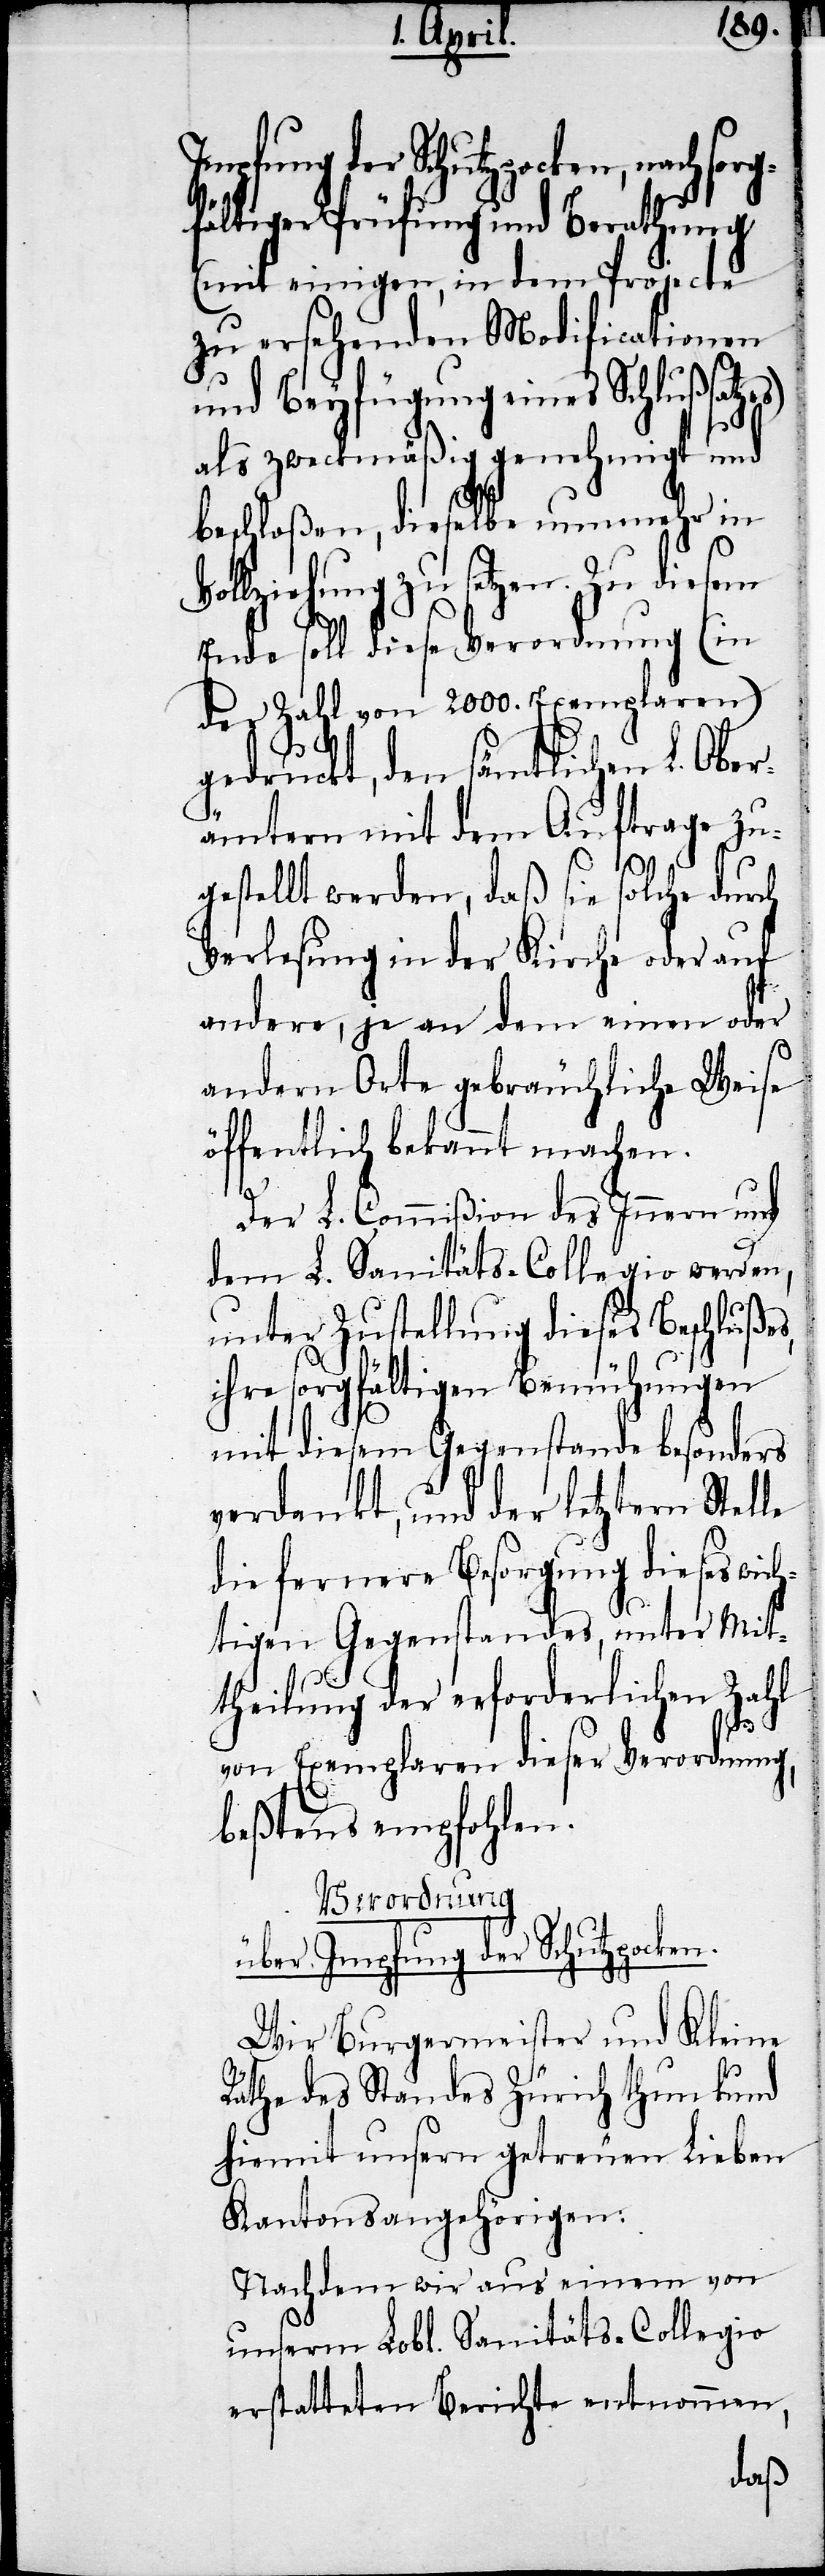
Impfung der Schutzpocken, nach sor¬
fältiger Prüfung und Berathung
(mit einigen, in dem Projecte
zu ersehenden Modificationen
und Beyfügung eines Schlußsatzes)
als zweckmäßig genehmigt und
beschloßen, dieselbe nunmehr in
Vollziehung zu setzen. Zu diesem
Ende soll diese Verordnung (in
der Zahl von 2000. Exemplaren)
gedruckt, den sämtlichen L. Ober¬
ämtern mit dem Auftrage zu¬
s,
gestellt werden, daß sie solche durch
Verlesung in der Kirche oder auf
andere, je an dem einen oder
andern Orte gebräuchliche Weise
öffentlich bekannt machen.
Der L. Commißion des Innern und
dem L. Sanitäts-Collegio werden,
unter Zustellung dieses Beschluße¬
ihre sorgfältigen Bemühungen
mit diesem Gegenstande besonders
verdankt, und der letztern Stelle
die fernere Besorgung dieses wic¬
htigen Gegenstandes, unter Mit¬
theilung der erforderlichen Zahl
von Exemplaren dieser Verordnung,
beßtens empfohlen.
Verordnung
über Impfung der Schutzpocken.
Wir Burgermeister und Kleine
Räthe des Standes Zürich thun kund
hiemit unsern getreuen Lieben
Kantonsangehörigen:
Nachdem wir aus einem von
unserm Lobl. Sanitäts-Collegio
erstatteten Berichte entnommen,